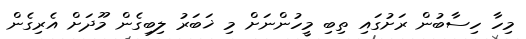
މިހާ ހިސާބުން ރަށުގައި ތިބި މީހުންނަށް މި ޚަބަރު ލިބިގެން މޫދަށް އެރިގެން